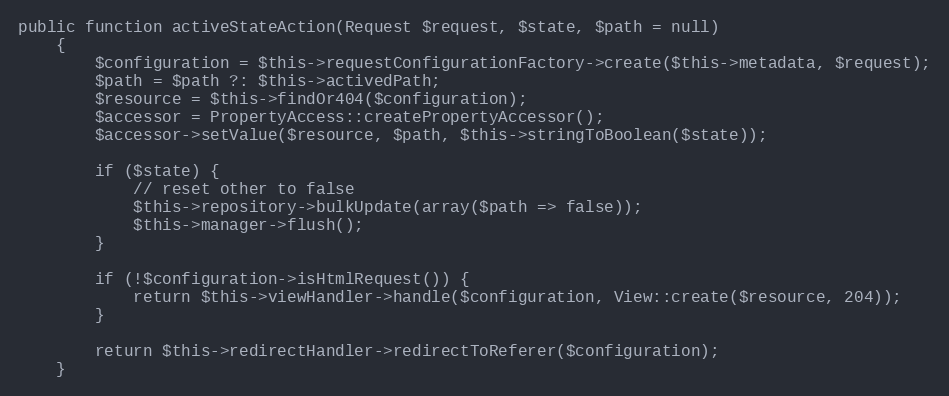
Language: PHP
public function activeStateAction(Request $request, $state, $path = null)
    {
        $configuration = $this->requestConfigurationFactory->create($this->metadata, $request);
        $path = $path ?: $this->activedPath;
        $resource = $this->findOr404($configuration);
        $accessor = PropertyAccess::createPropertyAccessor();
        $accessor->setValue($resource, $path, $this->stringToBoolean($state));

        if ($state) {
            // reset other to false
            $this->repository->bulkUpdate(array($path => false));
            $this->manager->flush();
        }

        if (!$configuration->isHtmlRequest()) {
            return $this->viewHandler->handle($configuration, View::create($resource, 204));
        }

        return $this->redirectHandler->redirectToReferer($configuration);
    }